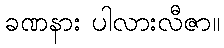
ခဏနား ပါလားလီဇာ။